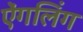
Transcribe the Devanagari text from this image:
ऐंगलिंग